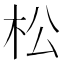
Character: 松